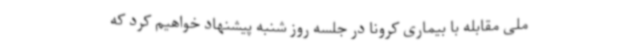
ملی مقابله با بیماری کرونا در جلسه روز شنبه پیشنهاد خواهیم کرد که